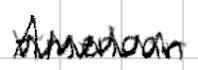
Text: American
Cross-out: zig-zag
Writing tool: digital_black